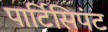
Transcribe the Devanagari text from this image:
पार्टिसिपंट